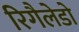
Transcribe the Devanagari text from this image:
रिगैलेडो